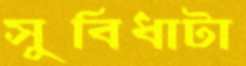
সুবিধাটা